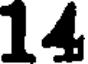
14